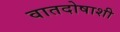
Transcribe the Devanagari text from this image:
वातदोषाशी